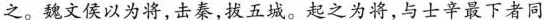
之。魏文侯以为将，击秦，拔五城。起之为将，与士卒最下者同